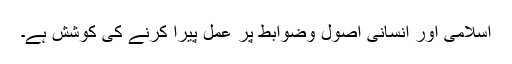
اسلامی اور انسانی اصول وضوابط پر عمل پیرا کرنے کی کوشش ہے۔